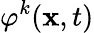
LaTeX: \varphi^{k}(\textbf{x},t)